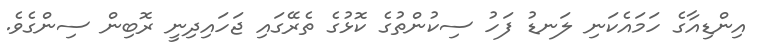
އިންޑިއާގެ ހަމައެކަނި ލަނޑު ފަހު ސިކުންތުގެ ކޮޅުގެ ތެރޭގައި ޖަހައިދިނީ ރޮބިން ސިންގެވެ.